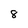
Character: 8